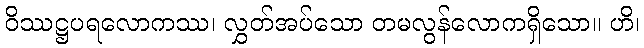
ဝိဿဋ္ဌပရလောကဿ၊ လွှတ်အပ်သော တမလွန်လောကရှိသော။ ဟိ၊